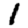
Digit: 1